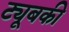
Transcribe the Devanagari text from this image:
ट्यूबकी